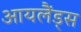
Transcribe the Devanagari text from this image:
आयलैंड्स